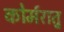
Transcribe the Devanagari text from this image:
कोर्मरातु